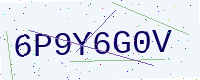
Text: 6P9Y6G0V